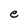
Character: e